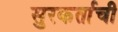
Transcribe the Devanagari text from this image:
सुरकर्ताची